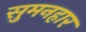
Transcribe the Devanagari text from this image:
सुमनहार